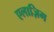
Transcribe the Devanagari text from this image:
एलाज़िग